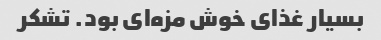
بسیار غذای خوش مزه‌ای بود. تشکر